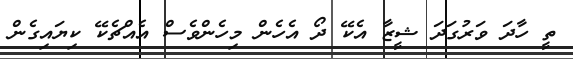
ތީ ހާދަ ވަރުގަދަ ޝީޒާ އެކޭ ދޯ އެހެން މިހެންވެސް އެއްޗެކޭ ކިޔައިގެން